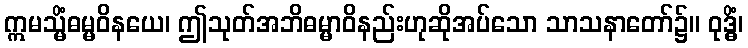
ဣမသ္မိံဓမ္မဝိနယေ၊ ဤသုတ်အဘိဓမ္မာဝိနည်းဟုဆိုအပ်သော သာသနာတော်၌။ ဝုဒ္ဓိံ၊